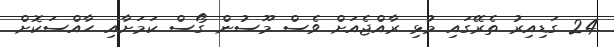
24 ގަޑިއިރު ތެރޭގައި މުޅި ރާއްޖެއަށް ވެސް މޫސުން ގޯސް ކަމަށާއި ހާއްސަކޮށް